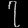
Digit: ၇